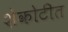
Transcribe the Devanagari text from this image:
शेकोटीत